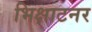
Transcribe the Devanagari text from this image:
भिक्षाटनर